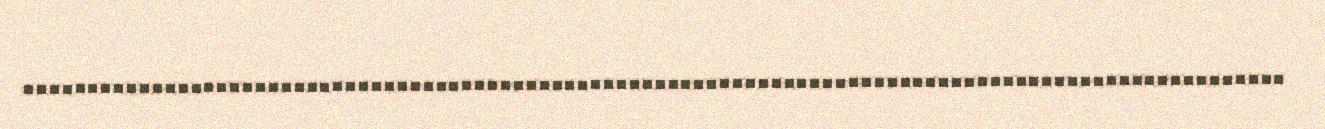
..................................................................................................